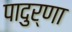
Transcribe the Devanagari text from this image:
पादुर्णा